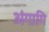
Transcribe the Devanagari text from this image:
अंगागि